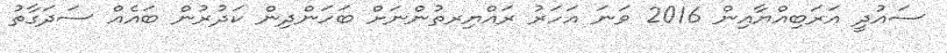
ސައުދީ އަރަބިއްޔާއިން 2016 ވަނަ އަހަރު ރައްޔިރތުންނަށް ބަހަންދިން ކަދުރުން ބައެއް ސަދަގާތު